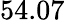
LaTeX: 54.07